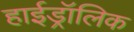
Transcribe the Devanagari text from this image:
हाईड्रॉलिक